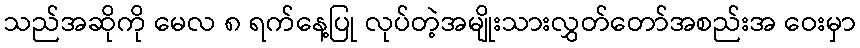
သည်အဆိုကို မေလ ၈ ရက်နေ့ပြု လုပ်တဲ့အမျိုးသားလွှတ်တော်အစည်းအ ဝေးမှာ